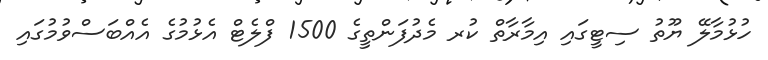
ހުޅުމާލޭ ޔޫތު ސިޓީގައި އިމާރާތް ކުރ މެދުފަންތީގެ 1500 ފްލެޓް އެޅުމުގެ އެއްބަސްވުމުގައި